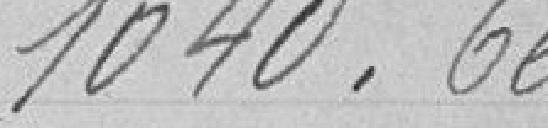
1040. 66